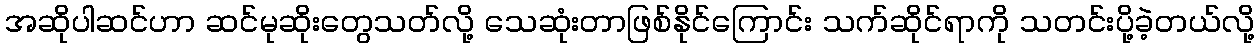
အဆိုပါဆင်ဟာ ဆင်မုဆိုးတွေသတ်လို့ သေဆုံးတာဖြစ်နိုင်ကြောင်း သက်ဆိုင်ရာကို သတင်းပို့ခဲ့တယ်လို့